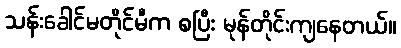
သန်းခေါင်မတိုင်မီက စပြီး မုန်တိုင်းကျနေတယ်။